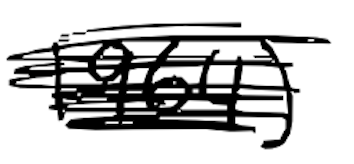
Text: 1964)
Cross-out: scratch
Writing tool: digital_black